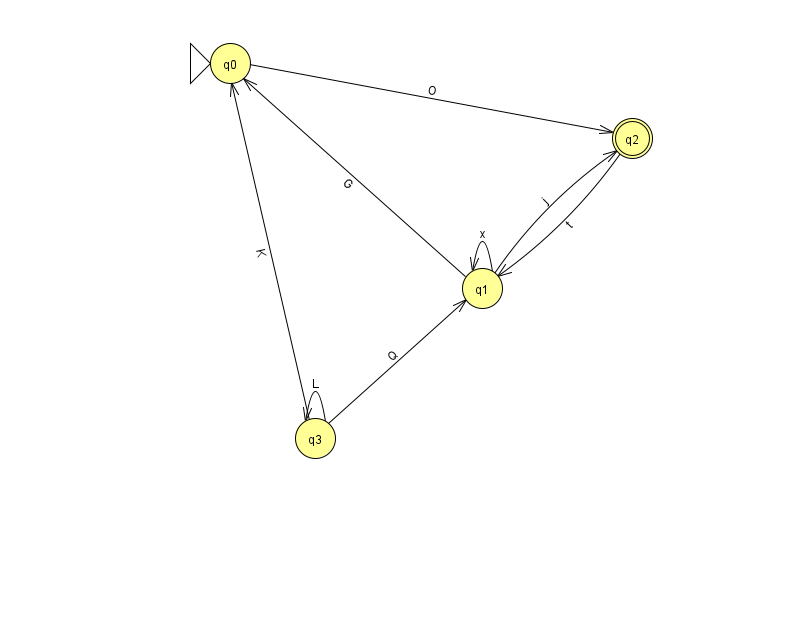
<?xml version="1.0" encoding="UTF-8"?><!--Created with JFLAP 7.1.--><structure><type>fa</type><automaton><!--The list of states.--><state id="0" name="q0"><x>230.0</x><y>50.0</y><initial/></state><state id="1" name="q1"><x>482.0</x><y>275.0</y></state><state id="2" name="q2"><x>632.0</x><y>125.0</y><final/></state><state id="3" name="q3"><x>315.0</x><y>425.0</y></state><!--The list of transitions.--><transition><from>1</from><to>0</to><read>G</read></transition><transition><from>2</from><to>1</to><read>t</read></transition><transition><from>3</from><to>1</to><read>Q</read></transition><transition><from>1</from><to>1</to><read>x</read></transition><transition><from>3</from><to>0</to><read>K</read></transition><transition><from>3</from><to>3</to><read>L</read></transition><transition><from>0</from><to>2</to><read>O</read></transition><transition><from>1</from><to>2</to><read>j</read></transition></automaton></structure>